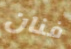
فنان